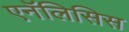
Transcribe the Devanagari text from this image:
एनॅलिसिस